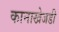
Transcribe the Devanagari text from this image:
कानाखेजडी